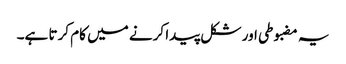
یہ مضبوطی اور شکل پیدا کرنے میں کام کرتا ہے۔